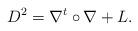
LaTeX: \begin{align*}D^2=\nabla^t\circ \nabla +L.\end{align*}